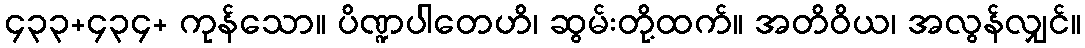
၄၃၃+၄၃၄+ ကုန်သော။ ပိဏ္ဍပါတေဟိ၊ ဆွမ်းတို့ထက်။ အတိဝိယ၊ အလွန်လျှင်။